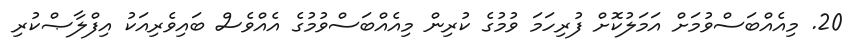
20. މިއެއްބަސްވުމަށް އަމަލުކޮށް ފުރިހަމަ ވުމުގެ ކުރިން މިއެއްބަސްވުމުގެ އެއްވެސް ބައިވެރިއަކު އިފްލާޞްކުރި